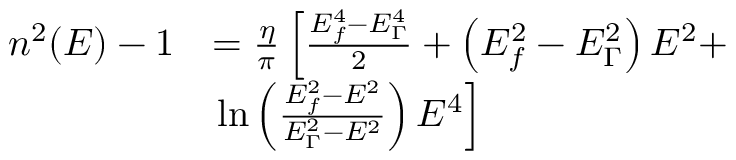
\begin{array} { r l } { n ^ { 2 } ( E ) - 1 } & { = \frac { \eta } { \pi } \left[ \frac { E _ { f } ^ { 4 } - E _ { \Gamma } ^ { 4 } } { 2 } + \left( E _ { f } ^ { 2 } - E _ { \Gamma } ^ { 2 } \right) E ^ { 2 } + \right. } \\ & { \left. \ln \left( \frac { E _ { f } ^ { 2 } - E ^ { 2 } } { E _ { \Gamma } ^ { 2 } - E ^ { 2 } } \right) E ^ { 4 } \right] } \end{array}